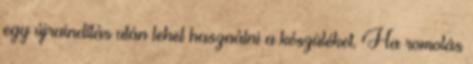
egy újraindítás után lehet használni a készüléket. Ha romolás